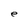
Character: e